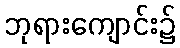
ဘုရားကျောင်း၌